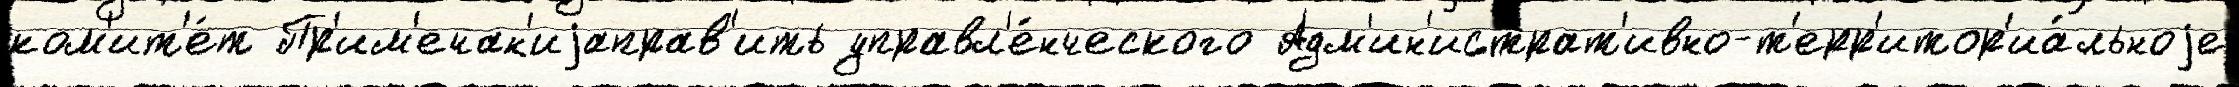
ком'ит'е́т Пр'им'ечан'иjаправ'ить управл'е́нческого Адм'ин'истрат'ивно-т'ерр'итор'иа́льноjе